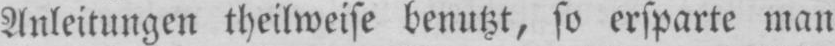
Anleitungen theilweise benutzt, so ersparte man